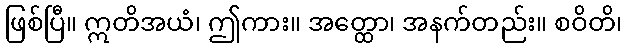
ဖြစ်ပြီ။ ဣတိအယံ၊ ဤကား။ အတ္ထော၊ အနက်တည်း။ စဝိတိ၊